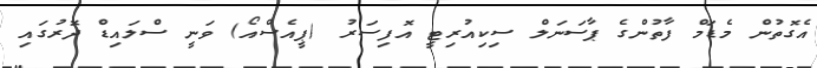
އެގޮތުން މެޑަމް ފާތުންގެ ޕާސަނަލް ސިކިއުރިޓީ އޮފިސަރު (ޕީއެސްއޯ) ވަނީ ސްލައިޑް ދޮރުގައި